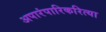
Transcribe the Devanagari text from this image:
अपारंपारिकरित्या